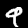
Digit: 9